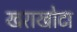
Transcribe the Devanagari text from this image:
खराखोटा